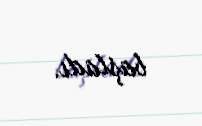
başladı.